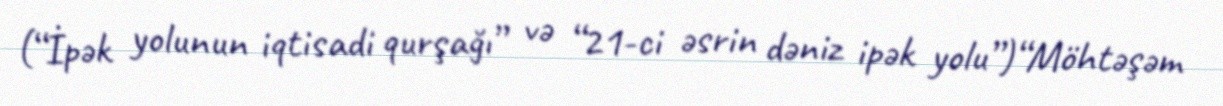
(“İpək yolunun iqtisadi qurşağı” və “21-ci əsrin dəniz ipək yolu”)“Möhtəşəm